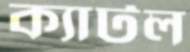
ক্যাটল